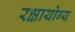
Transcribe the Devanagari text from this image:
रक्षायोग्य